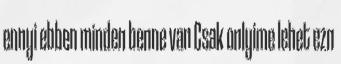
ennyi ebben minden benne van Csak onlyime lehet ezn